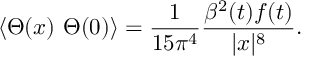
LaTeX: \langle \Theta ( x ) ~ \Theta ( 0 ) \rangle = \frac { 1 } { 1 5 \pi ^ { 4 } } \frac { \beta ^ { 2 } ( t ) f ( t ) } { | x | ^ { 8 } } .